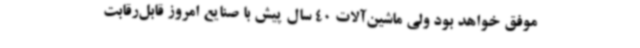
موفق خواهد بود ولی ماشین‌آلات 40 سال پیش با صنایع امروز قابل‌رقابت